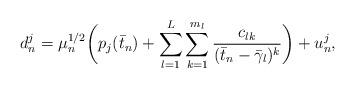
LaTeX: \begin{align*}d_n^j = \mu_n^{1/2}\bigg(p_j (\bar t_n) +\sum_{l=1}^L \sum_{k=1}^{m_l} \frac{c_{lk}}{(\bar t_n -\bar \gamma_l)^{k}}\bigg) +u_n^j,\end{align*}